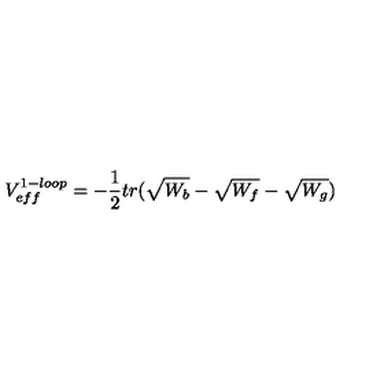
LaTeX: V _ { e f f } ^ { 1 - l o o p } = - \frac { 1 } { 2 } t r ( \sqrt { W _ { b } } - \sqrt { W _ { f } } - \sqrt { W _ { g } } )